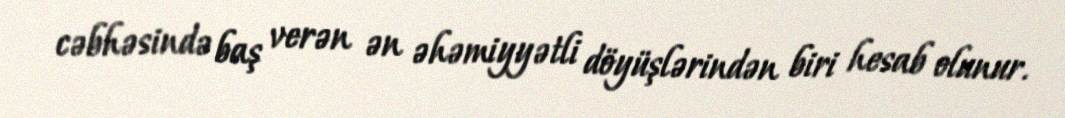
cəbhəsində baş verən ən əhəmiyyətli döyüşlərindən biri hesab olunur.